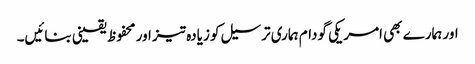
اور ہمارے بھی امریکی گودام ہماری ترسیل کو زیادہ تیز اور محفوظ یقینی بنائیں۔